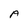
Character: A